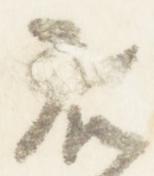
藤